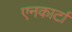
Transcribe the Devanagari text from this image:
एनकार्टा